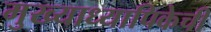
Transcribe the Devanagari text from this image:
मुख्याध्यापिकेची